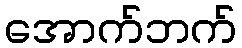
အောက်ဘက်